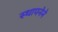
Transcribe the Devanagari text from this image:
स्‍थापनेने